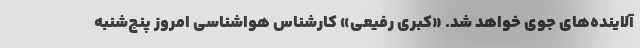
آلاینده‌های جوی خواهد شد. «کبری رفیعی» کارشناس هواشناسی امروز پنج‌شنبه